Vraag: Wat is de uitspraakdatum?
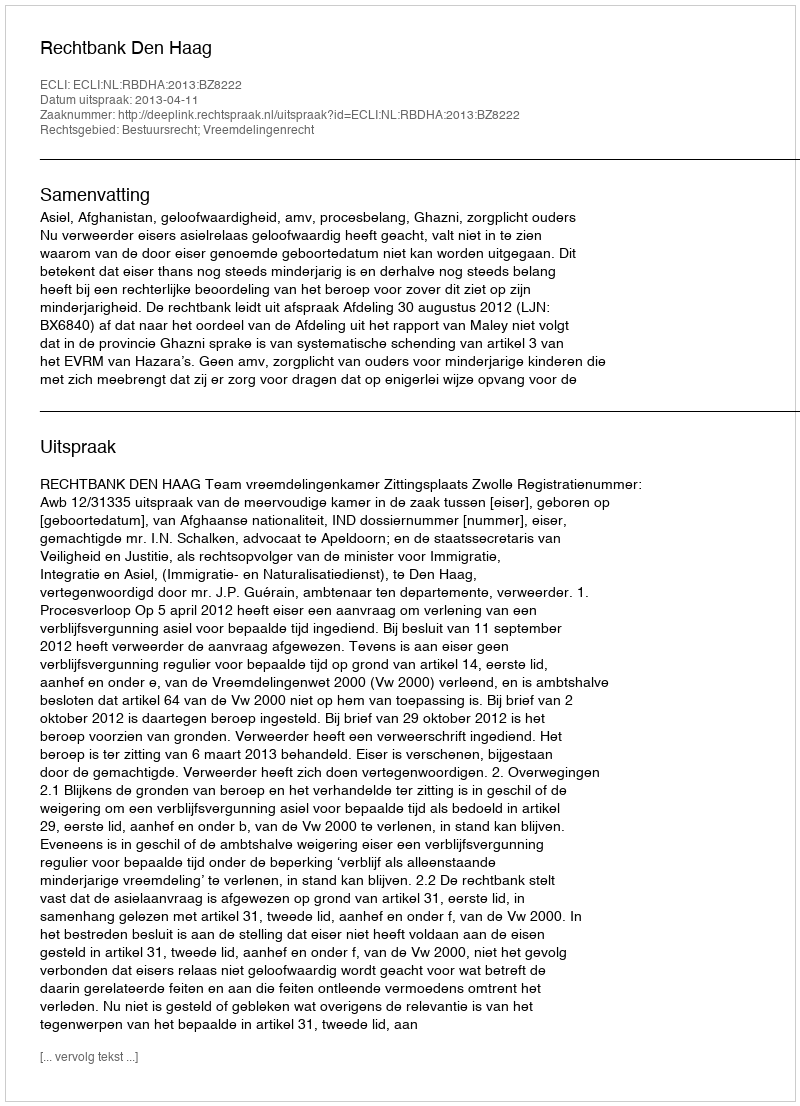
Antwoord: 2013-04-11